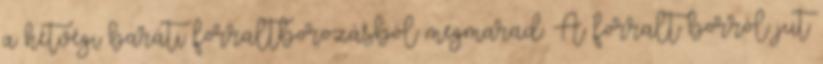
a hétvégi baráti forraltborozásból megmarad. A forralt borról jut